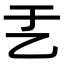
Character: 𠃗